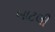
બાટલી